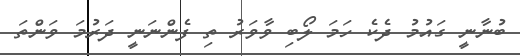
ބުނާނީ ގައުމު ދެކެ ހަމަ ލޯބި ވާވަރު ތި ފެންނަނީ ދަރުމަ ވަންތަ